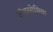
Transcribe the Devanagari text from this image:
टॉक्सोमिया